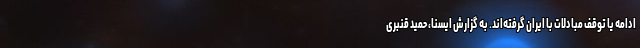
ادامه یا توقف مبادلات با ایران گرفته‌اند. به گزارش ایسنا، حمید قنبری